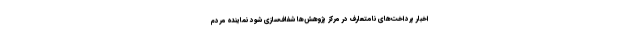
اخبار پرداخت‌های نامتعارف در مرکز پژوهش‌ها شفاف‌سازی شود نماینده مردم